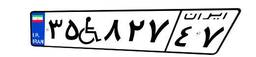
۳۵W۸۲۷۴۷